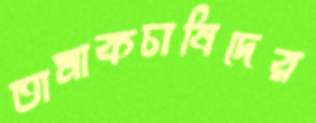
তামাকচাষিদের